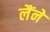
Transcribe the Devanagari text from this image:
लैंने